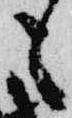
も